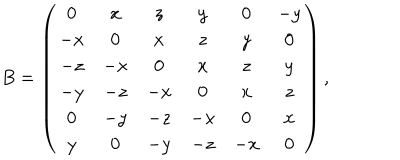
B = \left( \begin{array} { c c c c c c c c } { { 0 } } & { { x } } & { { z } } & { { y } } & { { 0 } } & { { - y } } \\ { { - x } } & { { 0 } } & { { x } } & { { z } } & { { y } } & { { 0 } } \\ { { - z } } & { { - x } } & { { 0 } } & { { x } } & { { z } } & { { y } } \\ { { - y } } & { { - z } } & { { - x } } & { { 0 } } & { { x } } & { { z } } \\ { { 0 } } & { { - y } } & { { - z } } & { { - x } } & { { 0 } } & { { x } } \\ { { y } } & { { 0 } } & { { - y } } & { { - z } } & { { - x } } & { { 0 } } \\ \end{array} \right) ,